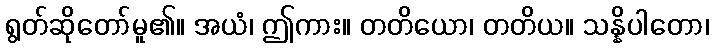
ရွတ်ဆိုတော်မူ၏။ အယံ၊ ဤကား။ တတိယော၊ တတိယ။ သန္နိပါတော၊